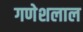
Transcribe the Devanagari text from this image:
गणेशलाल